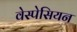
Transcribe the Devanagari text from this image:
वेस्पेसियन